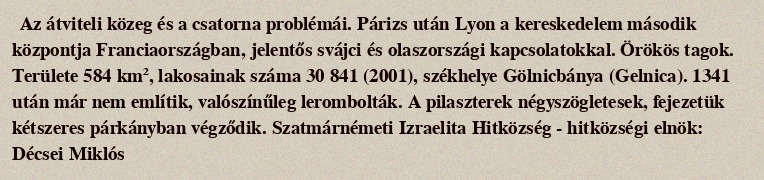
Az átviteli közeg és a csatorna problémái. Párizs után Lyon a kereskedelem második központja Franciaországban, jelentős svájci és olaszországi kapcsolatokkal. Örökös tagok. Területe 584 km², lakosainak száma 30 841 (2001), székhelye Gölnicbánya (Gelnica). 1341 után már nem említik, valószínűleg lerombolták. A pilaszterek négyszögletesek, fejezetük kétszeres párkányban végződik. Szatmárnémeti Izraelita Hitközség - hitközségi elnök: Décsei Miklós